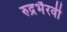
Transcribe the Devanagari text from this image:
रुद्रभैरवी